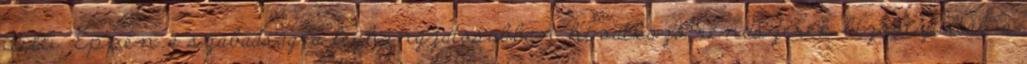
idilli. Éppen a szabadságra leghangzatosabban hivatkozó rendszerek bizonyultak a